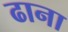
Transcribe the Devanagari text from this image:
ढाना